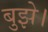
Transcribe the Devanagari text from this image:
बुझे।